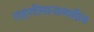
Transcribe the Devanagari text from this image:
राहणीमानामधील